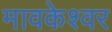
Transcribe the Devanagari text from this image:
मावकेश्वर